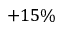
+ 1 5 \%